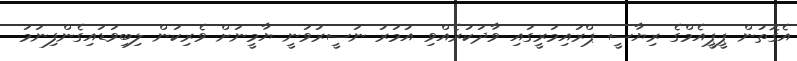
އެގޮތުން ޕީޕީއެމްގެ ރިޔާސީ ޕްރައިމަރީގައި ވާދަކުރެއްވި އުމަރު ނަސީރުވަނީ ޔާމީނަށް ވެރިކަން ލިބިވަޑައިގެންފިނަމަ